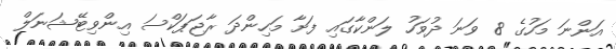
އަންނަ މަހުގެ 8 ވަނަ ދުވަހު ލަންކާގައި ފަށާ މަހިންދަ ރާޖަޕަކްސަ އިންވިޓޭޝަނަލް